Annual report of the Madras Medical College
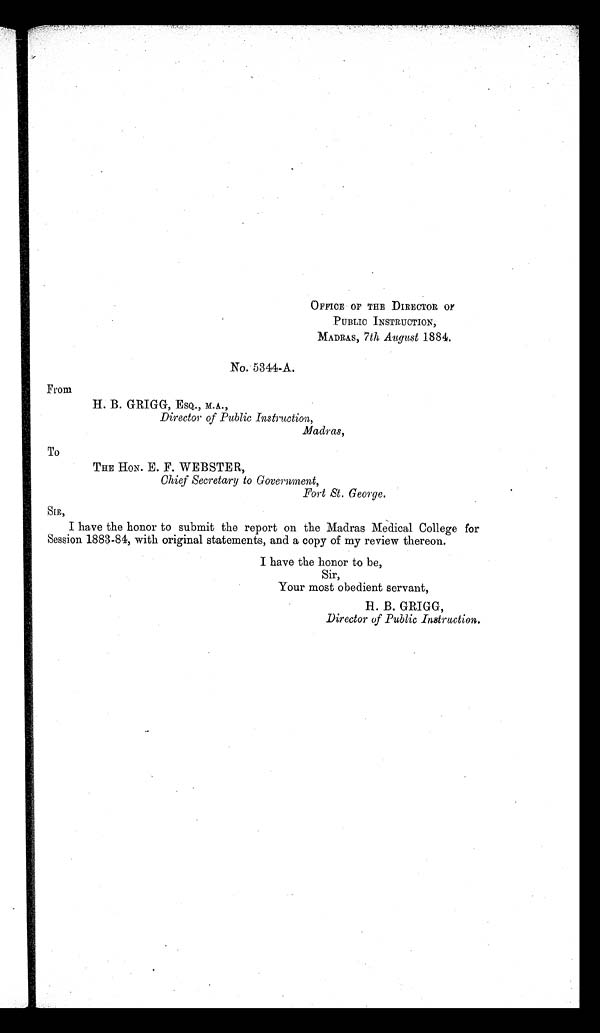
From
To
OFFICE OF THE DIRECTOR OF
PUBLIC INSTRUCTION,
MADRAS, 7th August 1884.
No. 5344-A.
H. B. GRIGG, ESQ., M.A..,
Director of Public Instruction,
Madras,
THE HON. E. F. WEBSTER,
Chief Secretary to Government,
Fort St. George.
SIR,
I have the honor to submit the report on the Madras Medical College for
Session 1883-84, with original statements, and a copy of my review thereon.
Sir,
Your most obedient servant,
H. B. GRIGG,
Director of Public Instruction.